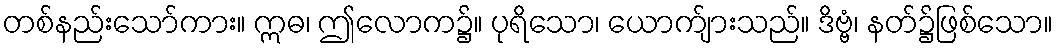
တစ်နည်းသော်ကား။ ဣဓ၊ ဤလောက၌။ ပုရိသော၊ ယောက်ျားသည်။ ဒိဗ္ဗံ၊ နတ်၌ဖြစ်သော။